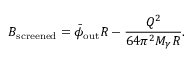
B _ { \mathrm { s c r e e n e d } } = \bar { \phi } _ { \mathrm { o u t } } R - \frac { Q ^ { 2 } } { 6 4 \pi ^ { 2 } M _ { \gamma } R } .